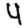
Digit: 4